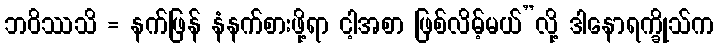
ဘဝိဿသိ = နက်ဖြန် နံနက်စားဖို့ရာ ငါ့အစာ ဖြစ်လိမ့်မယ်”လို့ ဒါနောရက္ခိုသ်က